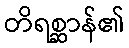
တိရစ္ဆာန်၏